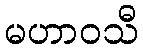
မဟာဝသီ